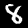
Digit: 8